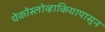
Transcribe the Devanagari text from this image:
चेकोस्लोव्हाकियापासून